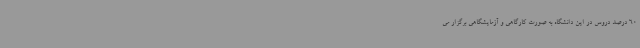
60 درصد دروس در این دانشگاه به صورت کارگاهی و آزمایشگاهی برگزار می